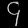
Digit: ၄